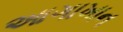
આગાખાન